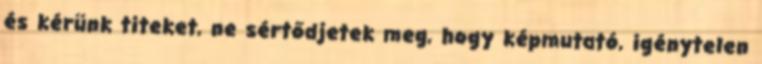
és kérünk titeket, ne sértődjetek meg, hogy képmutató, igénytelen